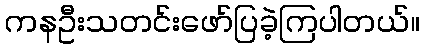
ကနဦးသတင်းဖော်ပြခဲ့ကြပါတယ်။